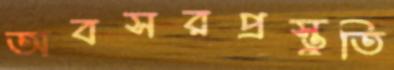
অবসরপ্রস্তুতি